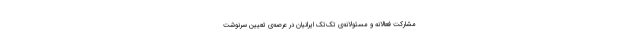
مشارکت فعالانه و مسئولانه‌ی تک‌تک ایرانیان در عرصه‌ی تعیین سرنوشت